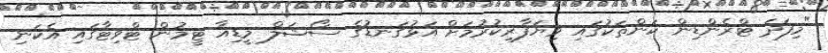
"މިފަދަ ޓްރެންޑިން ކަންތަކުގައި ވިޔަފާރިކުރުމަށް އަޅުގަނޑުގެ ސޯޝަލް މީޑިއާ ޓީމުން ޓްވިޓާގައި އެކަނި